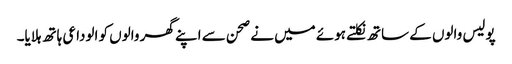
پولیس والوں کے ساتھ نکلتے ہوئے میں نے صحن سے اپنے گھر والوں کو الوداعی ہاتھ ہلایا۔